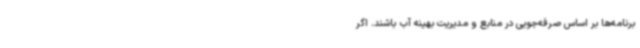
برنامه‌ها بر اساس صرفه‌جویی در منابع و مدیریت بهینه آب باشند. اگر